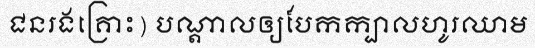
ជនរងគ្រោះ) បណ្តាលឲ្យបែកក្បាលហូរឈាម